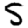
Digit: 5